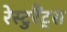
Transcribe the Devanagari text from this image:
रेस्टुरैंट्स